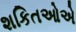
શકિતઓએ